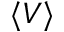
\langle V \rangle